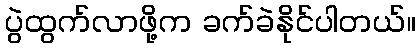
ပွဲထွက်လာဖို့က ခက်ခဲနိုင်ပါတယ်။